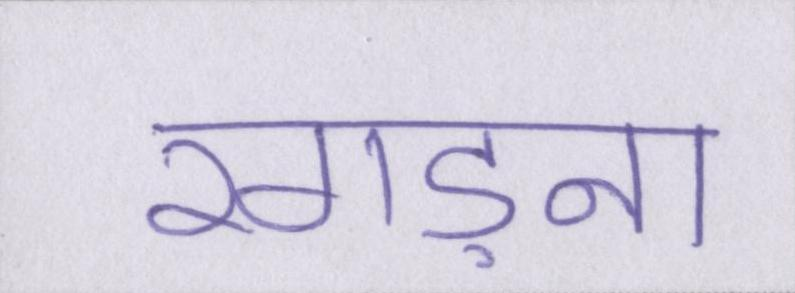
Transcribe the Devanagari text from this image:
रगड़ना